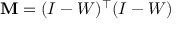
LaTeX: \mathbf { M } = ( I - W ) ^ { \top } ( I - W )